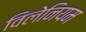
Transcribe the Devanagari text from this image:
विलेनियम